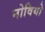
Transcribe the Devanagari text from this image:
नोवियो